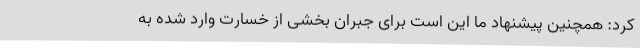
کرد: همچنین پیشنهاد ما این است برای جبران بخشی از خسارت وارد شده به